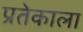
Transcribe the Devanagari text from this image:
प्रतेकाला